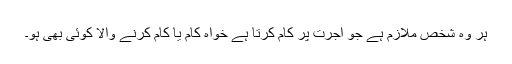
ہر وہ شخص ملازم ہے جو اجرت پر کام کرتا ہے خواہ کام یا کام کرنے والا کوئی بھی ہو۔